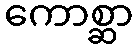
ကောစ္ဆာ